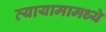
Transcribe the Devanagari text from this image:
व्यायामामध्ये